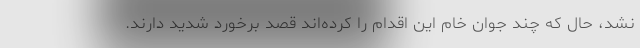
نشد، حال که چند جوان خام این اقدام را کرده‌اند قصد برخورد شدید دارند.